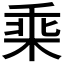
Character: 𣒧